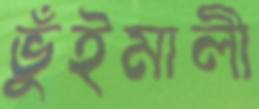
ভুঁইমালী